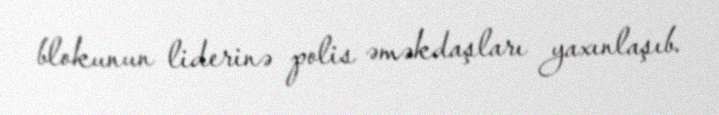
blokunun liderinə polis əməkdaşları yaxınlaşıb.